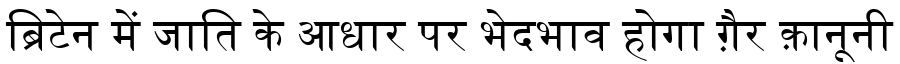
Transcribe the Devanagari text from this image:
ब्रिटेन में जाति के आधार पर भेदभाव होगा ग़ैर क़ानूनी